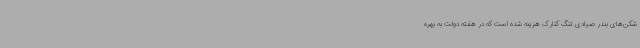
شکن‌های بندر صیادی تنگ کنارک هزینه شده است که در هفته دولت به بهره